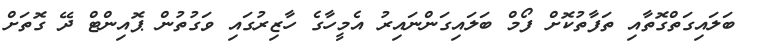
ބަލައިގަތްގޮތާއި ތަފާތުކޮށް ފޯމް ބަލައިގަންނައިރު އެމީހާގެ ހާޒިރުގައި ވަގުތުން ޕޮއިންޓް ދޭ ގޮތަށް